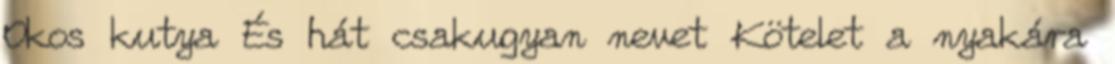
Okos kutya És hát csakugyan nevet Kötelet a nyakára